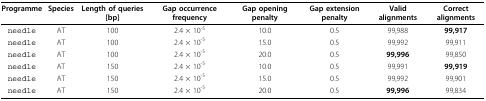
<table><thead><tr><td><b>Programme</b></td><td><b>Species</b></td><td><b>Length of queries [bp]</b></td><td><b>Gap occurrence frequency</b></td><td><b>Gap opening penalty</b></td><td><b>Gap extension penalty</b></td><td><b>Valid alignments</b></td><td><b>Correct alignments</b></td></tr></thead><tbody><tr><td>needle</td><td>AT</td><td>100</td><td>2.4 × 10<sup>-5</sup></td><td>10.0</td><td>0.5</td><td>99,988</td><td><b>99,917</b></td></tr><tr><td>needle</td><td>AT</td><td>100</td><td>2.4 × 10<sup>-5</sup></td><td>15.0</td><td>0.5</td><td>99,992</td><td>99,911</td></tr><tr><td>needle</td><td>AT</td><td>100</td><td>2.4 × 10<sup>-5</sup></td><td>20.0</td><td>0.5</td><td><b>99,996</b></td><td>99,850</td></tr><tr><td>needle</td><td>AT</td><td>150</td><td>2.4 × 10<sup>-5</sup></td><td>10.0</td><td>0.5</td><td>99,991</td><td><b>99,919</b></td></tr><tr><td>needle</td><td>AT</td><td>150</td><td>2.4 × 10<sup>-5</sup></td><td>15.0</td><td>0.5</td><td>99,992</td><td>99,901</td></tr><tr><td>needle</td><td>AT</td><td>150</td><td>2.4 × 10<sup>-5</sup></td><td>20.0</td><td>0.5</td><td><b>99,996</b></td><td>99,834</td></tr></tbody></table>